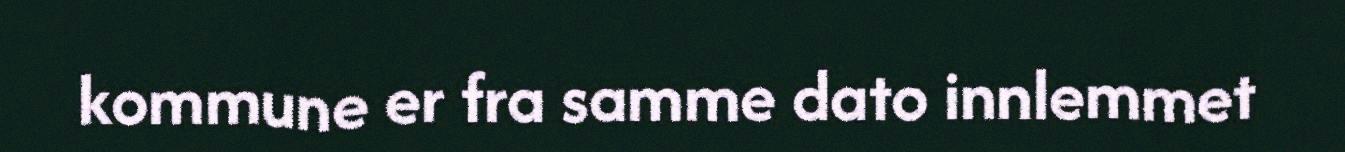
kommune er fra samme dato innlemmet